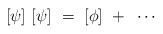
\begin{align*} [\psi]~[\psi]~=~[\phi]~+~\cdots\end{align*}